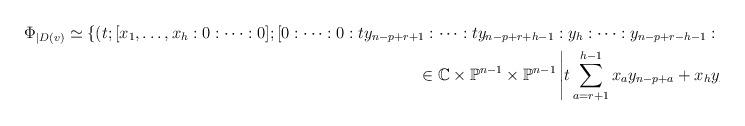
LaTeX: \begin{align*} \Phi_{|D(v)} \simeq \{(t; [x_1, \dots, x_h:0 : \dots :0];[0: \dots :0: t y_{n-p+r+1}: \dots : t y_{n-p+r+h-1}: y_{h}: \dots :y_{n-p+r-h-1}: 0 \dots:0]\\\in \mathbb{C} \times \mathbb{P}^{n-1} \times \mathbb{P}^{n-1} \left| t \sum_{a=r+1}^{h-1} x_a y_{n-p+a} + x_h y_h=0 \right\}.\end{align*}